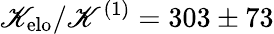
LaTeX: \mathscr{K}_{\mathrm{{elo}}}/\mathscr{K}^{(1)}=303\pm73